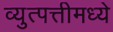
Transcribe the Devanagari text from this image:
व्युत्पत्तीमध्ये